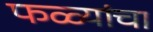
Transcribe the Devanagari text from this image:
फळ्यांचा